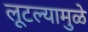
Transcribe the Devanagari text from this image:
लूटल्यामुळे